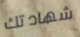
شهادتك